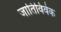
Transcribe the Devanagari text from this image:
जातिविवेक